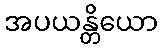
အပယန္တိယော